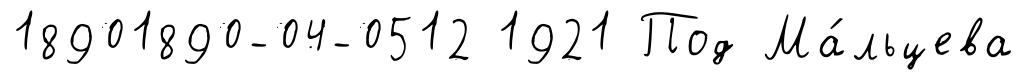
18901890-04-0512 1921 Под Ма́льцева